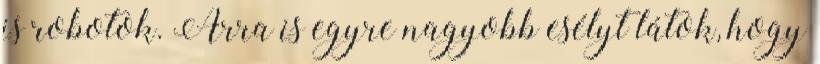
is robotok. Arra is egyre nagyobb esélyt látok, hogy